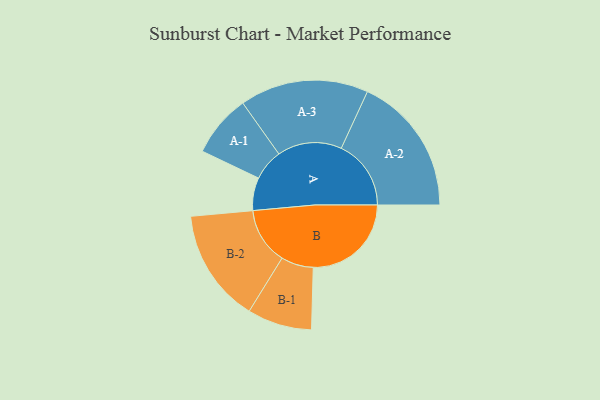
{"axis": {"x": "Segment", "y": "Value"}, "legend": ["", "A", "B"], "data": [{"x": "A", "y": 121, "type": ""}, {"x": "B", "y": 361, "type": ""}, {"x": "A-1", "y": 115, "type": "A"}, {"x": "A-2", "y": 257, "type": "A"}, {"x": "A-3", "y": 237, "type": "A"}, {"x": "B-1", "y": 119, "type": "B"}, {"x": "B-2", "y": 209, "type": "B"}]}